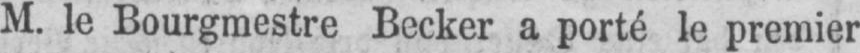
M. le Bourgmestre Becker a porté le premier